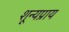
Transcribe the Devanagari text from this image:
शून्यप्राय